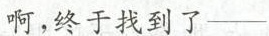
啊，终于找到了——